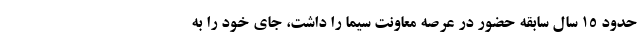
حدود ۱۵ سال سابقه حضور در عرصه معاونت سیما را داشت، جای خود را به